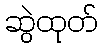
ဆွဲထုတ်